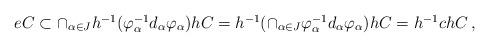
LaTeX: \begin{align*}\begin{array}{c}eC \subset \cap _{\alpha \in J} h^{-1} (\varphi _{\alpha } ^{-1} d_{\alpha } \varphi _{\alpha }) h C =h^{-1} ( \cap _{\alpha \in J}\varphi _{\alpha } ^{-1} d_{\alpha } \varphi _{\alpha } ) h C =h^{-1} c h C\,,\end{array}\end{align*}